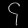
Digit: ၄